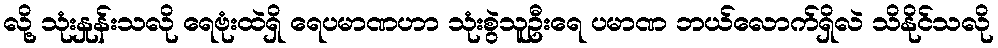
လို့ သုံးနှုန်းသလို ရေဗုံးထဲရှိ ရေပမာဏဟာ သုံးစွဲသူဦးရေ ပမာဏ ဘယ်လောက်ရှိလဲ သိနိုင်သလို